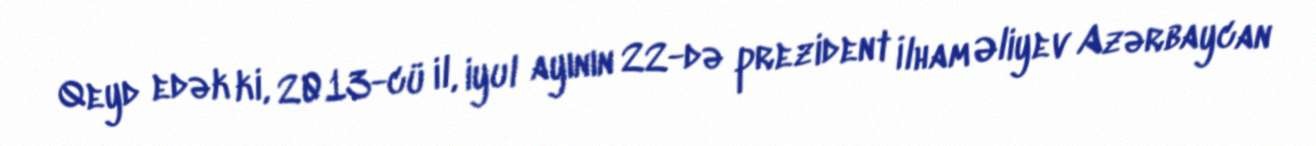
Qeyd edək ki, 2013-cü il, iyul ayının 22-də prezident İlham Əliyev Azərbaycan